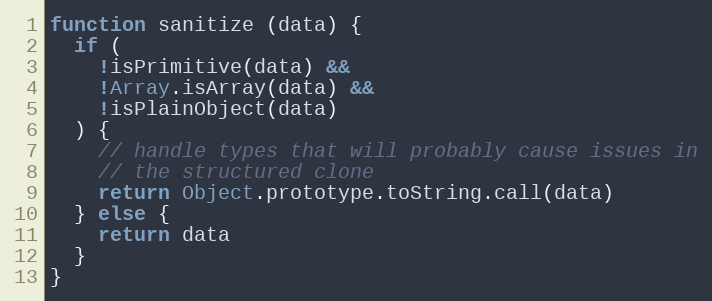
Language: JavaScript
function sanitize (data) {
  if (
    !isPrimitive(data) &&
    !Array.isArray(data) &&
    !isPlainObject(data)
  ) {
    // handle types that will probably cause issues in
    // the structured clone
    return Object.prototype.toString.call(data)
  } else {
    return data
  }
}